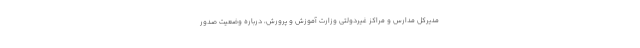
مدیرکل مدارس و مراکز غیردولتی وزارت آموزش و پرورش، درباره وضعیت صدور